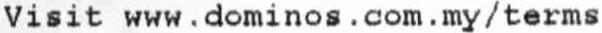
VISIT WWW.DOMINOS . COM . MY / TERMS